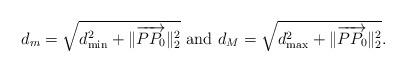
LaTeX: \begin{align*} \begin{array}{l}d_m = \sqrt{d_{\min}^2 + \|\overrightarrow{P P_0}\|_2^2} \mbox{ and }d_M = \sqrt{d_{\max}^2 + \|\overrightarrow{P P_0}\|_2^2}.\end{array}\end{align*}